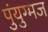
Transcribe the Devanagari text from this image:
पुंयुग्मज